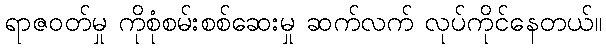
ရာဇဝတ်မှု ကိုစုံစမ်းစစ်ဆေးမှု ဆက်လက် လုပ်ကိုင်နေတယ်။